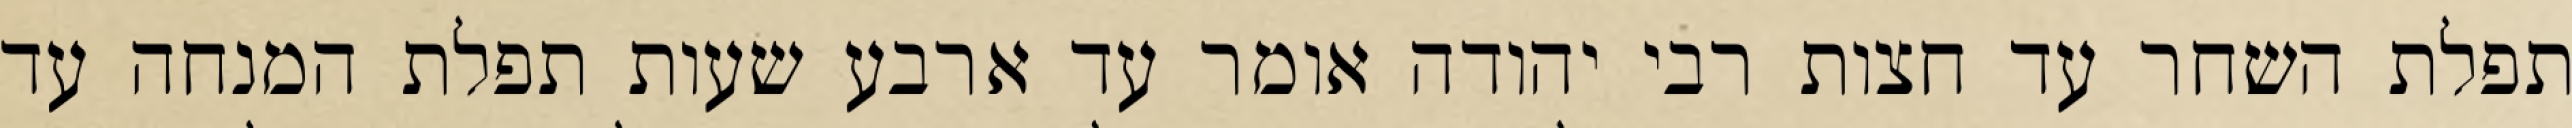
תפלת השחר עד חצות רבי יהודה אומר עד ארבע שעות תפלת המנחה עד